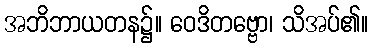
အဘိဘာယတန၌။ ဝေဒိတဗ္ဗော၊ သိအပ်၏။